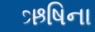
ઋષિના